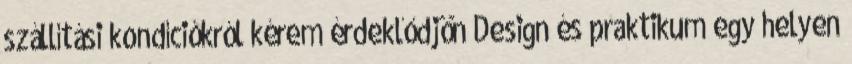
szállítási kondíciókról kérem érdeklődjön Design és praktikum egy helyen